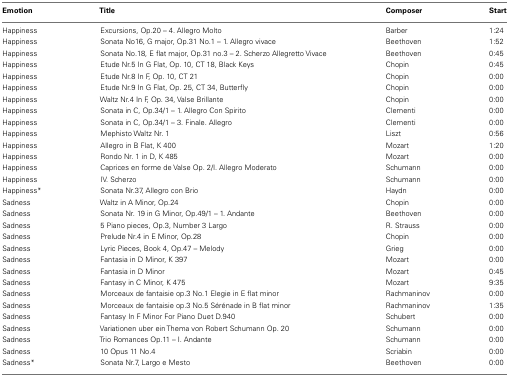
<table><thead><tr><td><b>Emotion</b></td><td><b>Title</b></td><td><b>Composer</b></td><td><b>Start</b></td></tr></thead><tbody><tr><td>Happiness</td><td>Excursions, Op.20 – 4. Allegro Molto</td><td>Barber</td><td>1:24</td></tr><tr><td>Happiness</td><td>Sonata No16, G major, Op.31 No.1 – 1. Allegro vivace</td><td>Beethoven</td><td>1:52</td></tr><tr><td>Happiness</td><td>Sonata No.18, E flat major, Op.31 no.3 – 2. Scherzo Allegretto Vivace</td><td>Beethoven</td><td>0:45</td></tr><tr><td>Happiness</td><td>Etude Nr.5 In G Flat, Op. 10, CT 18, Black Keys</td><td>Chopin</td><td>0:45</td></tr><tr><td>Happiness</td><td>Etude Nr.8 In F, Op. 10, CT 21</td><td>Chopin</td><td>0:00</td></tr><tr><td>Happiness</td><td>Etude Nr.9 In G Flat, Op. 25, CT 34, Butterfly</td><td>Chopin</td><td>0:00</td></tr><tr><td>Happiness</td><td>Waltz Nr.4 In F, Op. 34, Valse Brillante</td><td>Chopin</td><td>0:00</td></tr><tr><td>Happiness</td><td>Sonata in C, Op.34/1 – 1. Allegro Con Spirito</td><td>Clementi</td><td>0:00</td></tr><tr><td>Happiness</td><td>Sonata in C, Op.34/1 – 3. Finale. Allegro</td><td>Clementi</td><td>0:00</td></tr><tr><td>Happiness</td><td>Mephisto Waltz Nr. 1</td><td>Liszt</td><td>0:56</td></tr><tr><td>Happiness</td><td>Allegro in B Flat, K 400</td><td>Mozart</td><td>1:20</td></tr><tr><td>Happiness</td><td>Rondo Nr. 1 in D, K 485</td><td>Mozart</td><td>0:00</td></tr><tr><td>Happiness</td><td>Caprices en forme de Valse Op. 2/I. Allegro Moderato</td><td>Schumann</td><td>0:00</td></tr><tr><td>Happiness</td><td>IV. Scherzo</td><td>Schumann</td><td>0:00</td></tr><tr><td>Happiness*</td><td>Sonata Nr.37, Allegro con Brio</td><td>Haydn</td><td>0:00</td></tr><tr><td>Sadness</td><td>Waltz in A Minor, Op.24</td><td>Chopin</td><td>0:00</td></tr><tr><td>Sadness</td><td>Sonata Nr. 19 in G Minor, Op.49/1 – 1. Andante</td><td>Beethoven</td><td>0:00</td></tr><tr><td>Sadness</td><td>5 Piano pieces, Op.3, Number 3 Largo</td><td>R. Strauss</td><td>0:00</td></tr><tr><td>Sadness</td><td>Prelude Nr.4 in E Minor, Op.28</td><td>Chopin</td><td>0:00</td></tr><tr><td>Sadness</td><td>Lyric Pieces, Book 4, Op.47 – Melody</td><td>Grieg</td><td>0:00</td></tr><tr><td>Sadness</td><td>Fantasia in D Minor, K 397</td><td>Mozart</td><td>0:00</td></tr><tr><td>Sadness</td><td>Fantasia in D Minor</td><td>Mozart</td><td>0:45</td></tr><tr><td>Sadness</td><td>Fantasy in C Minor, K 475</td><td>Mozart</td><td>9:35</td></tr><tr><td>Sadness</td><td>Morceaux de fantaisie op.3 No.1 Elegie in E flat minor</td><td>Rachmaninov</td><td>0:00</td></tr><tr><td>Sadness</td><td>Morceaux de fantaisie op.3 No.5 Sérénade in B flat minor</td><td>Rachmaninov</td><td>1:35</td></tr><tr><td>Sadness</td><td>Fantasy In F Minor For Piano Duet D.940</td><td>Schubert</td><td>0:00</td></tr><tr><td>Sadness</td><td>Variationen uber ein Thema von Robert Schumann Op. 20</td><td>Schumann</td><td>0:00</td></tr><tr><td>Sadness</td><td>Trio Romances Op.11 – I. Andante</td><td>Schumann</td><td>0:00</td></tr><tr><td>Sadness</td><td>10 Opus 11 No.4</td><td>Scriabin</td><td>0:00</td></tr><tr><td>Sadness*</td><td>Sonata Nr.7, Largo e Mesto</td><td>Beethoven</td><td>0:00</td></tr></tbody></table>